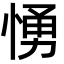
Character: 愑